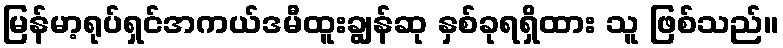
မြန်မာ့ရုပ်ရှင်အကယ်ဒမီထူးချွန်ဆု နှစ်ခုရရှိထား သူ ဖြစ်သည်။